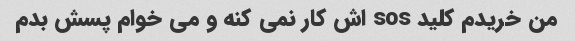
من خریدم کلید sos اش کار نمی کنه و می خوام پسش بدم